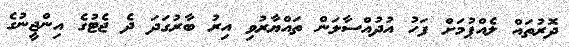
ދޮރުތައް ލެއްޕުމަށް ފަހު އުދުއްސާލަން ތައްޔާރުވި އިރު ބާރުގަދަ ދެ ޖެޓުގެ އިންޖީނުގެ